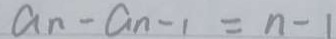
a n - a n - 1 = n - 1